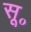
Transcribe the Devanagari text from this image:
सू॰